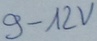
Text: 9-12V